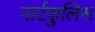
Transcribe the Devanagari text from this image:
पार्टकुलिस